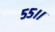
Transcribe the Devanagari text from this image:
५५।।